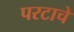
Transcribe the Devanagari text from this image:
परटाचे